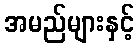
အမည်များနှင့်